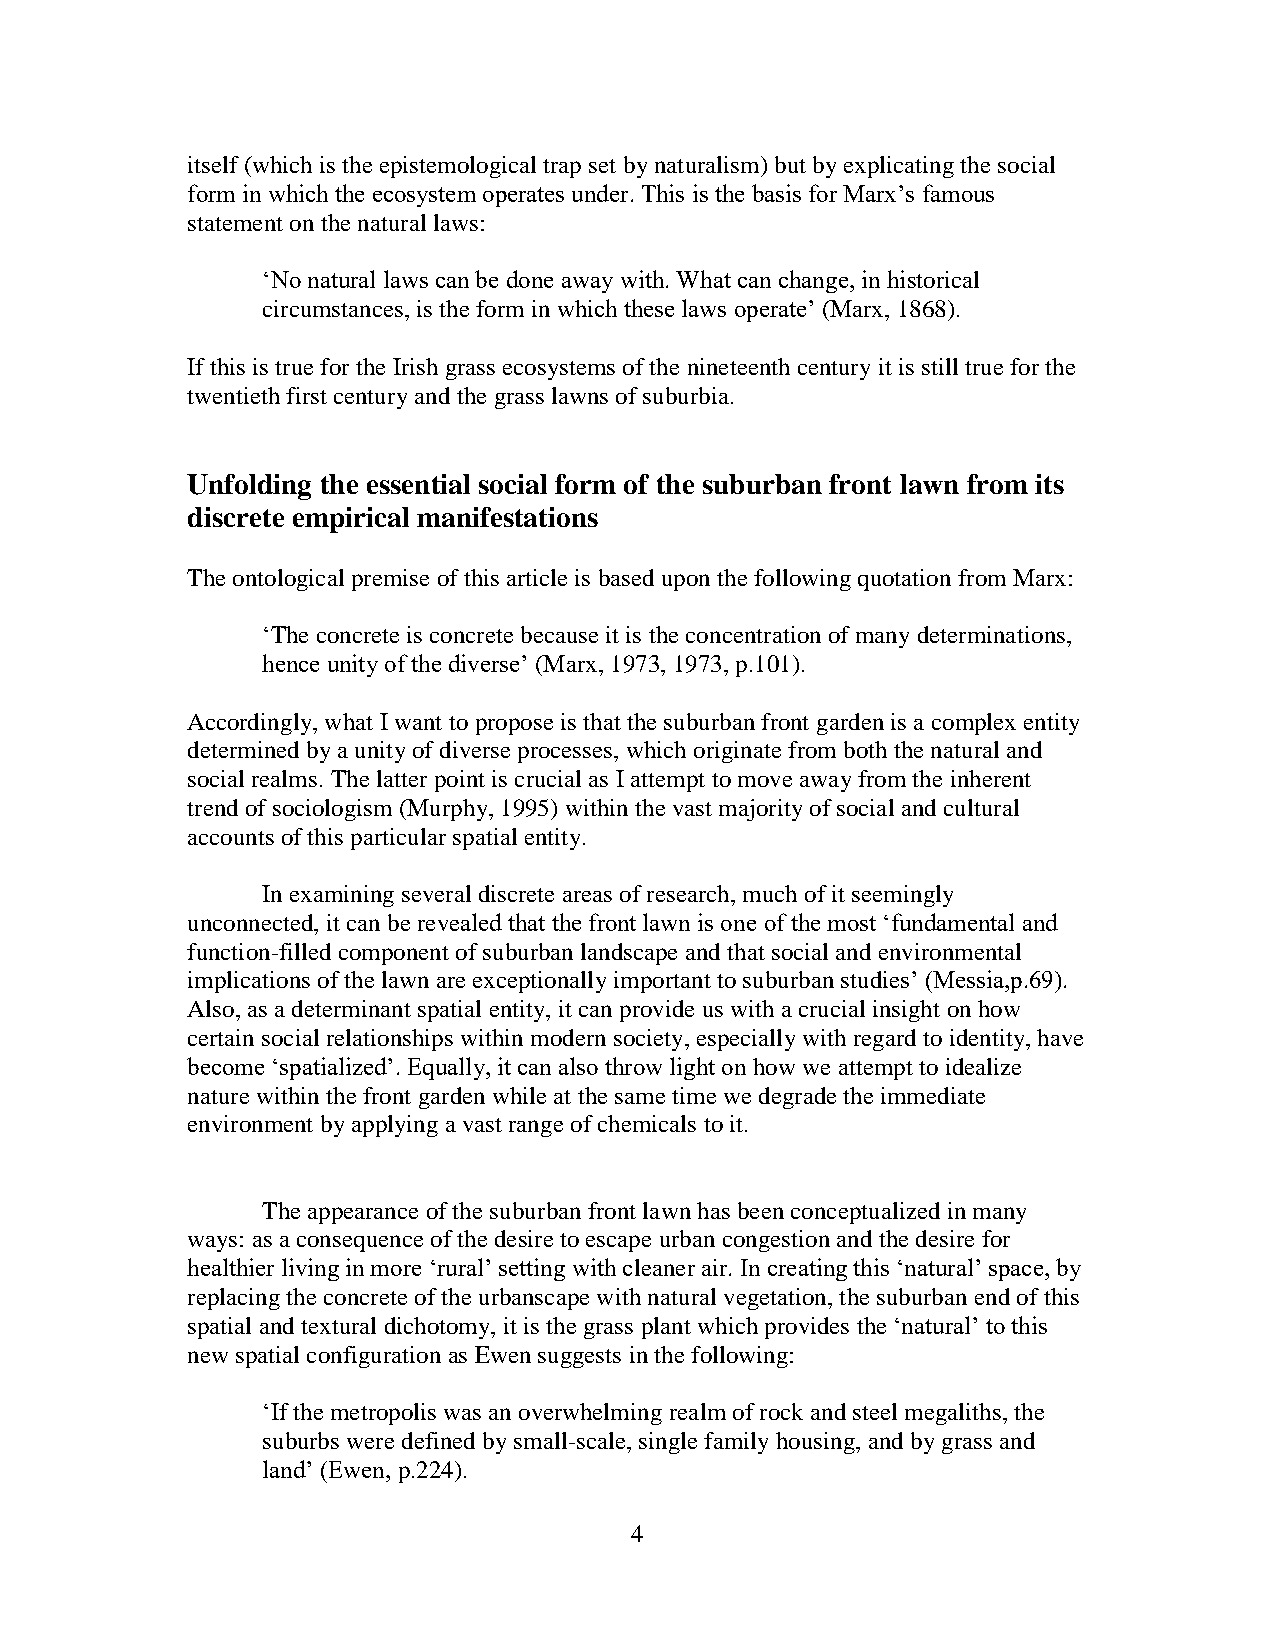
itself (which is the epistemological trap set by naturalism) but by explicating the social
 form in which the ecosystem operates under. This is the basis for Marx’s famous
 statement on the natural laws:
 ‘No natural laws can be done away with. What can change, in historical
 circumstances, is the form in which these laws operate’ (Marx, 1868).
 If this is true for the Irish grass ecosystems of the nineteenth century it is still true for the
 twentieth first century and the grass lawns of suburbia.
 Unfolding the essential social form of the suburban front lawn from its
 discrete empirical manifestations
 The ontological premise of this article is based upon the following quotation from Marx:
 ‘The concrete is concrete because it is the concentration of many determinations,
 hence unity of the diverse’ (Marx, 1973, 1973, p.101).
 Accordingly, what I want to propose is that the suburban front garden is a complex entity
 determined by a unity of diverse processes, which originate from both the natural and
 social realms. The latter point is crucial as I attempt to move away from the inherent
 trend of sociologism (Murphy, 1995) within the vast majority of social and cultural
 accounts of this particular spatial entity.
 In examining several discrete areas of research, much of it seemingly
 unconnected, it can be revealed that the front lawn is one of the most ‘fundamental and
 function-filled component of suburban landscape and that social and environmental
 implications of the lawn are exceptionally important to suburban studies’ (Messia,p.69).
 Also, as a determinant spatial entity, it can provide us with a crucial insight on how
 certain social relationships within modern society, especially with regard to identity, have
 become ‘spatialized’. Equally, it can also throw light on how we attempt to idealize
 nature within the front garden while at the same time we degrade the immediate
 environment by applying a vast range of chemicals to it.
 The appearance of the suburban front lawn has been conceptualized in many
 ways: as a consequence of the desire to escape urban congestion and the desire for
 healthier living in more ‘rural’ setting with cleaner air. In creating this ‘natural’ space, by
 replacing the concrete of the urbanscape with natural vegetation, the suburban end of this
 spatial and textural dichotomy, it is the grass plant which provides the ‘natural’ to this
 new spatial configuration as Ewen suggests in the following:
 ‘If the metropolis was an overwhelming realm of rock and steel megaliths, the
 suburbs were defined by small-scale, single family housing, and by grass and
 land’ (Ewen, p.224).
 4